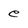
Character: e